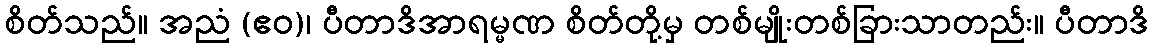
စိတ်သည်။ အညံ (ဧဝ)၊ ပီတာဒိအာရမ္မဏ စိတ်တို့မှ တစ်မျိုးတစ်ခြားသာတည်း။ ပီတာဒိ